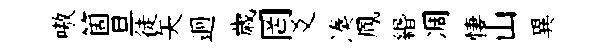
嗷箇旦徒矢迥歳罔爻湊鳳緡凋悽山異